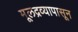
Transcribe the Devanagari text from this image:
मूलद्रव्यापासून